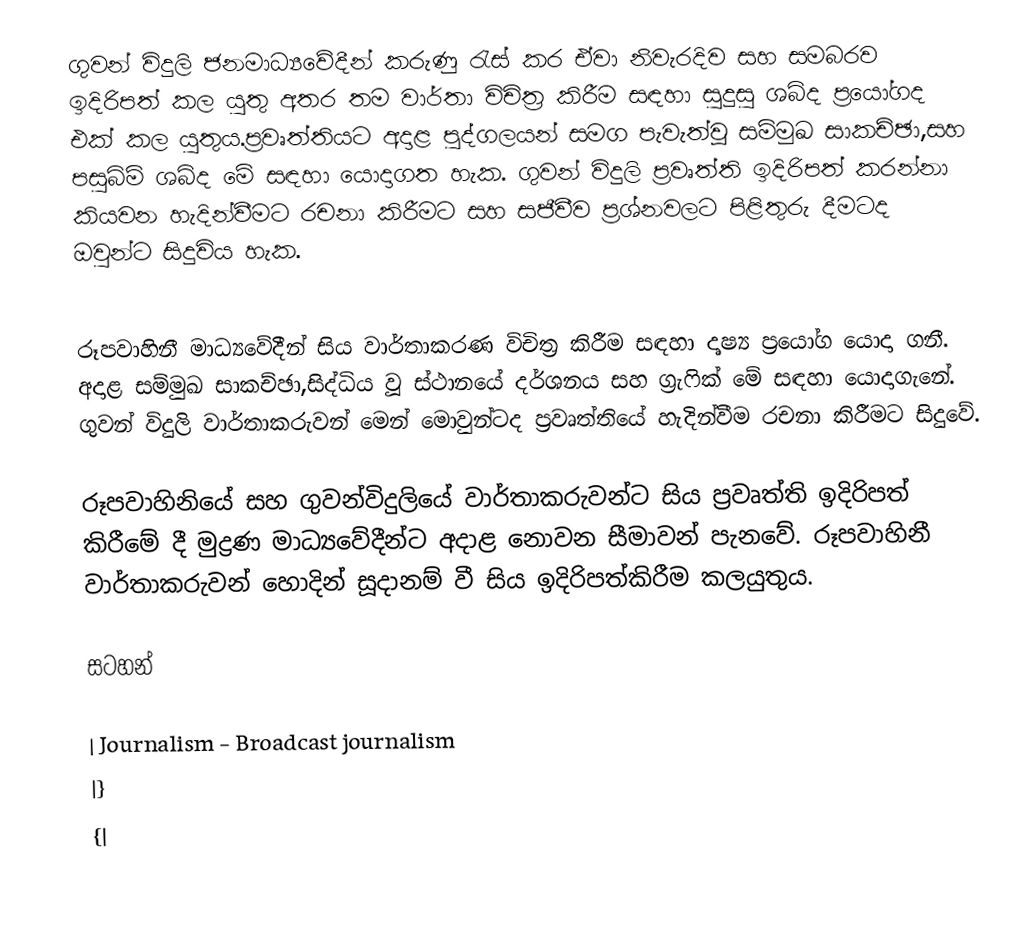
ගුවන් විදුලි ජනමාධ්‍යවේදීන් කරුණු රැස් කර ඒවා නිවැරදිව සහ සමබරව ඉදිරිපත් කල යුතු අතර තම වාර්තා විචිත්‍ර කිරීම සඳහා සුදුසු ශබ්ද ප්‍රයෝගද එක් කල යුතුය.ප්‍රවෘත්තියට අදාළ පුද්ගලයන් සමග පැවැත්වූ සම්මුඛ සාකච්ඡා,සහ පසුබිම් ශබ්ද මේ සඳහා යොදාගත හැක. ගුවන් විදුලි ප්‍රවෘත්ති ඉදිරිපත් කරන්නා කියවන හැදින්වීමට රචනා කිරීමට සහ සජීවීව ප්‍රශ්නවලට පිළිතුරු දීමටද ඔවුන්ට සිදුවිය හැක.

රූපවාහිනී මාධ්‍යවේදීන් සිය වාර්තාකරණ විචිත්‍ර කිරීම සඳහා දෘෂ්‍ය ප්‍රයෝග යොදා ගනී. අදාළ සම්මුඛ සාකච්ඡා,සිද්ධිය වූ ස්ථානයේ දර්ශනය සහ ග්‍රැෆික් මේ සඳහා යොදාගැනේ. ගුවන් විදුලි වාර්තාකරුවන් මෙන් මොවුන්ටද ප්‍රවෘත්තියේ හැදින්වීම රචනා කිරීමට සිදුවේ.

රූපවාහිනියේ සහ ගුවන්විදුලියේ වාර්තාකරුවන්ට සිය ප්‍රවෘත්ති ඉදිරිපත් කිරීමේ දී මුද්‍රණ මාධ්‍යවේදීන්ට අදාළ නොවන සීමාවන් පැනවේ. රූපවාහිනී වාර්තාකරුවන් හොදින් සූදානම් වී සිය ඉදිරිපත්කිරීම කලයුතුය.

සටහන්

| Journalism - Broadcast journalism
|}
{|